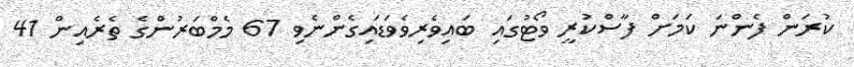
ކުރަން ފެންނަ ކަމަށް ފާސްކުރީ ވޯޓުގައި ބައިވެރިވެވަޑައިގެންނެވި 67 މެމްބަރުންގެ ތެރެއިން 41